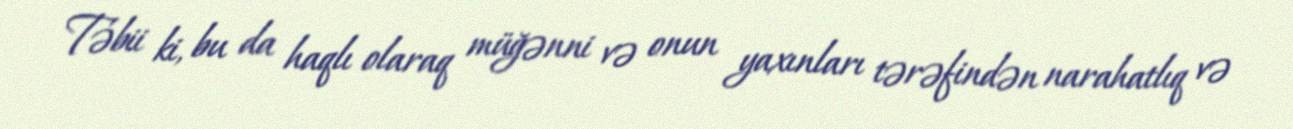
Təbii ki, bu da haqlı olaraq müğənni və onun yaxınları tərəfindən narahatlıq və